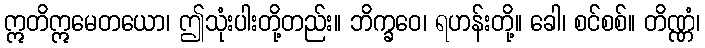
ဣတိဣမေတယော၊ ဤသုံးပါးတို့တည်း။ ဘိက္ခဝေ၊ ရဟန်းတို့။ ခေါ၊ စင်စစ်။ တိဏ္ဏံ၊